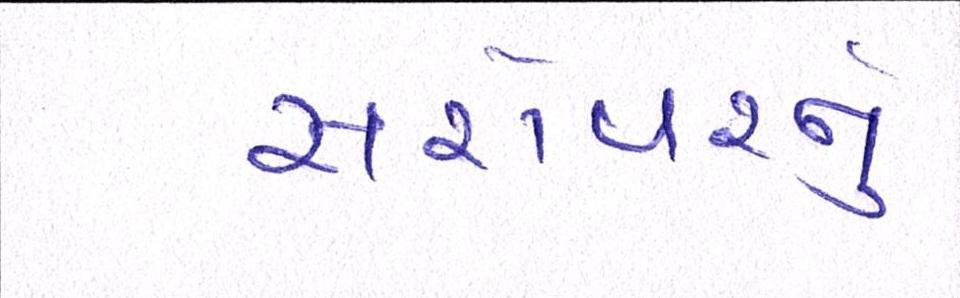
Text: સરોવરનું